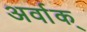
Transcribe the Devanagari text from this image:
अर्वाक्